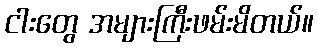
ငါးတွေ အများကြီးဖမ်းမိတယ်။